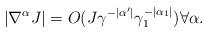
LaTeX: \begin{align*}|\nabla^\alpha J|= O(J\gamma^{-|\alpha'|}\gamma_1^{-|\alpha_1|})\forall \alpha.\end{align*}